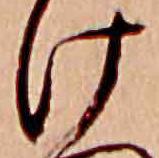
け